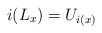
\begin{align*}i(L_x)=U_{i(x)}\end{align*}